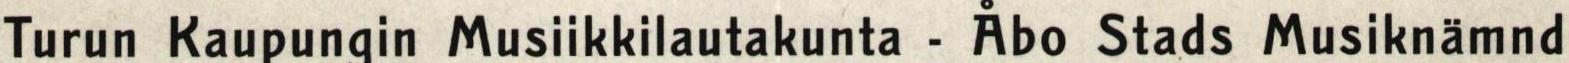
Turun Kaupungin Musikkilautakunta - Åbo Stads Musiknämnd